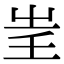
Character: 𡴍